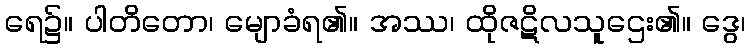
ရေ၌။ ပါတိတော၊ မျောခံရ၏။ အဿ၊ ထိုဇဋိလသူဌေး၏။ ဒွေ၊